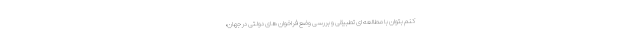
کنم بتوان با مطالعه ای تطبیقی و بررسی وضع فراخوان های دولتی در جهان،